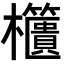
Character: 𣡔